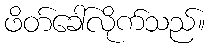
ဖိတ်ခေါ်လိုက်သည်။